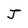
Character: J